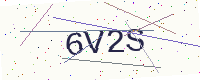
Text: 6V2S